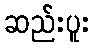
ဆည်းပူး